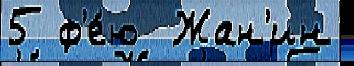
5 ф'е́ю  Жан'ин